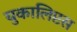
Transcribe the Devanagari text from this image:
युकालिप्टस